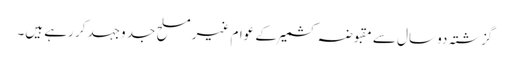
گزشتہ دو سال سے مقبوضہ کشمیر کے عوام غیر مسلح جد وجہد کر رہے ہیں۔